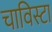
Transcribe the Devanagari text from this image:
चाविस्टा